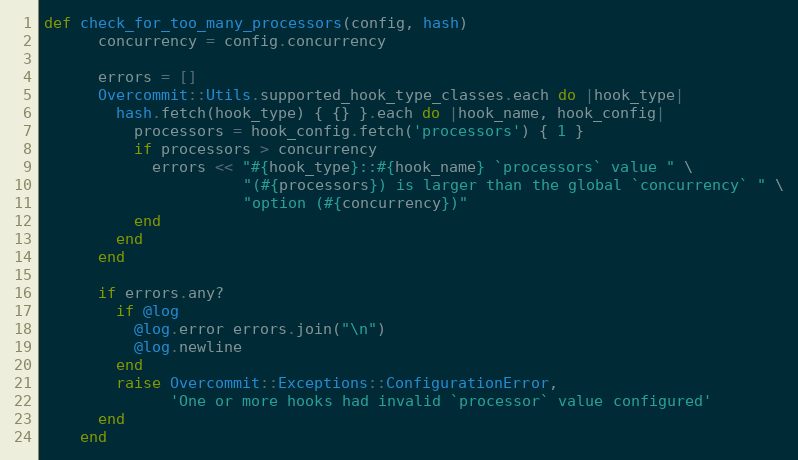
Language: Ruby
def check_for_too_many_processors(config, hash)
      concurrency = config.concurrency

      errors = []
      Overcommit::Utils.supported_hook_type_classes.each do |hook_type|
        hash.fetch(hook_type) { {} }.each do |hook_name, hook_config|
          processors = hook_config.fetch('processors') { 1 }
          if processors > concurrency
            errors << "#{hook_type}::#{hook_name} `processors` value " \
                      "(#{processors}) is larger than the global `concurrency` " \
                      "option (#{concurrency})"
          end
        end
      end

      if errors.any?
        if @log
          @log.error errors.join("\n")
          @log.newline
        end
        raise Overcommit::Exceptions::ConfigurationError,
              'One or more hooks had invalid `processor` value configured'
      end
    end